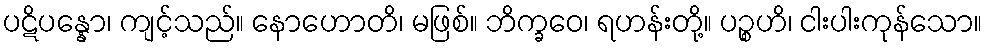
ပဋိပန္နော၊ ကျင့်သည်။ နောဟောတိ၊ မဖြစ်။ ဘိက္ခဝေ၊ ရဟန်းတို့။ ပဉ္စဟိ၊ ငါးပါးကုန်သော။